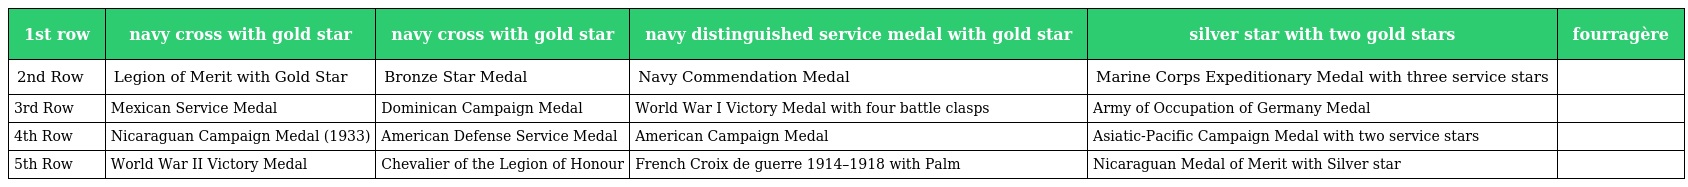
| 1st row | navy cross with gold star | navy cross with gold star | navy distinguished service medal with gold star | silver star with two gold stars | fourragère |
 | --- | --- | --- | --- | --- | --- |
 | 2nd Row | Legion of Merit with Gold Star | Bronze Star Medal | Navy Commendation Medal | Marine Corps Expeditionary Medal with three service stars |  |
 | 3rd Row | Mexican Service Medal | Dominican Campaign Medal | World War I Victory Medal with four battle clasps | Army of Occupation of Germany Medal |  |
 | 4th Row | Nicaraguan Campaign Medal (1933) | American Defense Service Medal | American Campaign Medal | Asiatic-Pacific Campaign Medal with two service stars |  |
 | 5th Row | World War II Victory Medal | Chevalier of the Legion of Honour | French Croix de guerre 1914–1918 with Palm | Nicaraguan Medal of Merit with Silver star |  |